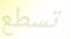
تسطع